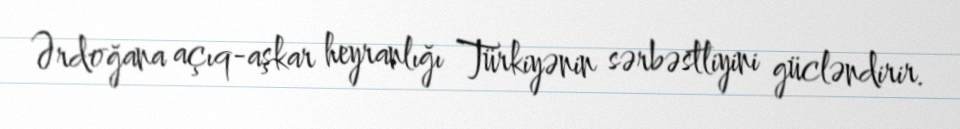
Ərdoğana açıq-aşkar heyranlığı Türkiyənin sərbəstliyini gücləndirir.